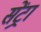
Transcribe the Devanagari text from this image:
सेंट्रा